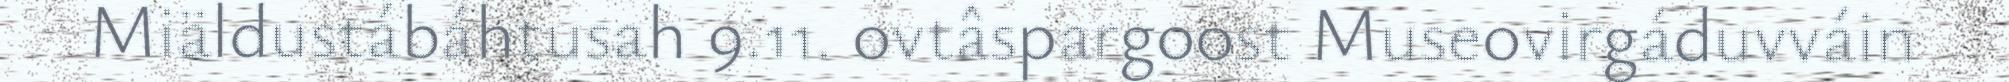
Miäldustábáhtusah 9.11. ovtâspargoost Museovirgáduvváin